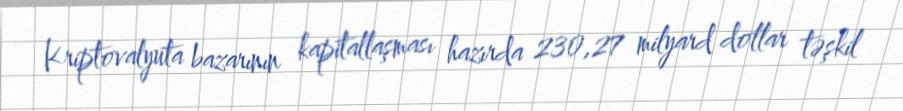
Kriptovalyuta bazarının kapitallaşması hazırda 230,27 milyard dollar təşkil